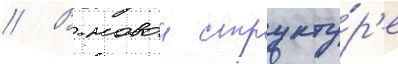
// В новои структу́р'е